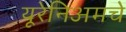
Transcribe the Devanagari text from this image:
यूरेनिअमचे